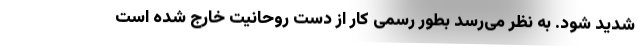
شديد شود. به نظر می‌رسد بطور رسمی کار از دست روحانیت خارج شده است